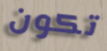
تكون